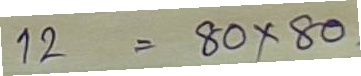
12 = 80 x 80